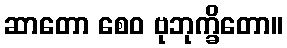
ဆာတော စေဝ ဗုဘုက္ခိတော။